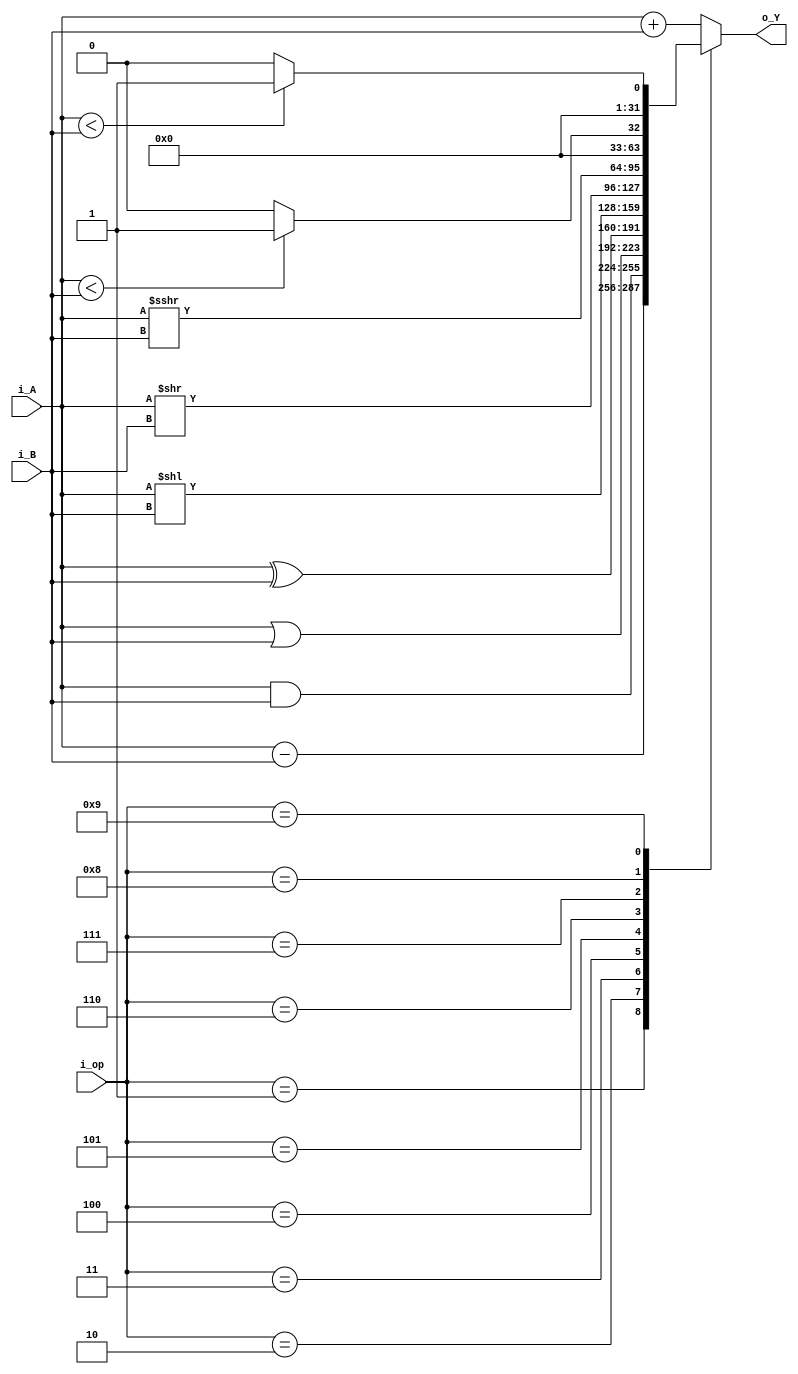
module alu_unit(i_A,i_B,i_op,
                   o_Y);
	input [31:0] i_A,i_B;
    input [3:0] i_op;
    output reg [31:0] o_Y;

    wire signed [31:0] A,B;
    assign A = i_A;
    assign B = i_B;

    
    always@(*)
         begin
		     case(i_op)
			   0 : o_Y <=  i_A + i_B;     // add
			   1 : o_Y <=  i_A - i_B;     // sub
			   2 : o_Y <=  i_A & i_B;     // and
			   3 : o_Y <=  i_A | i_B;     // or
			   4 : o_Y <=  i_A ^ i_B;     // xor
			   5 : o_Y <=  i_A << i_B;    // sll
			   6 : o_Y <=  i_A >> i_B;    // srl
			   7 : o_Y <=  A >>> i_B;     // sra
			   8 : o_Y <=  (A < B ) ? 1'b1 :1'b0 ;  // slt
			   9 : o_Y <=  (i_A < i_B ) ? 1'b1 : 1'b0; // sltu
			   default : o_Y <= i_A + i_B;
			  endcase 
         end		 
		 
	endmodule